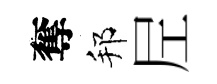
奪邦𡰱